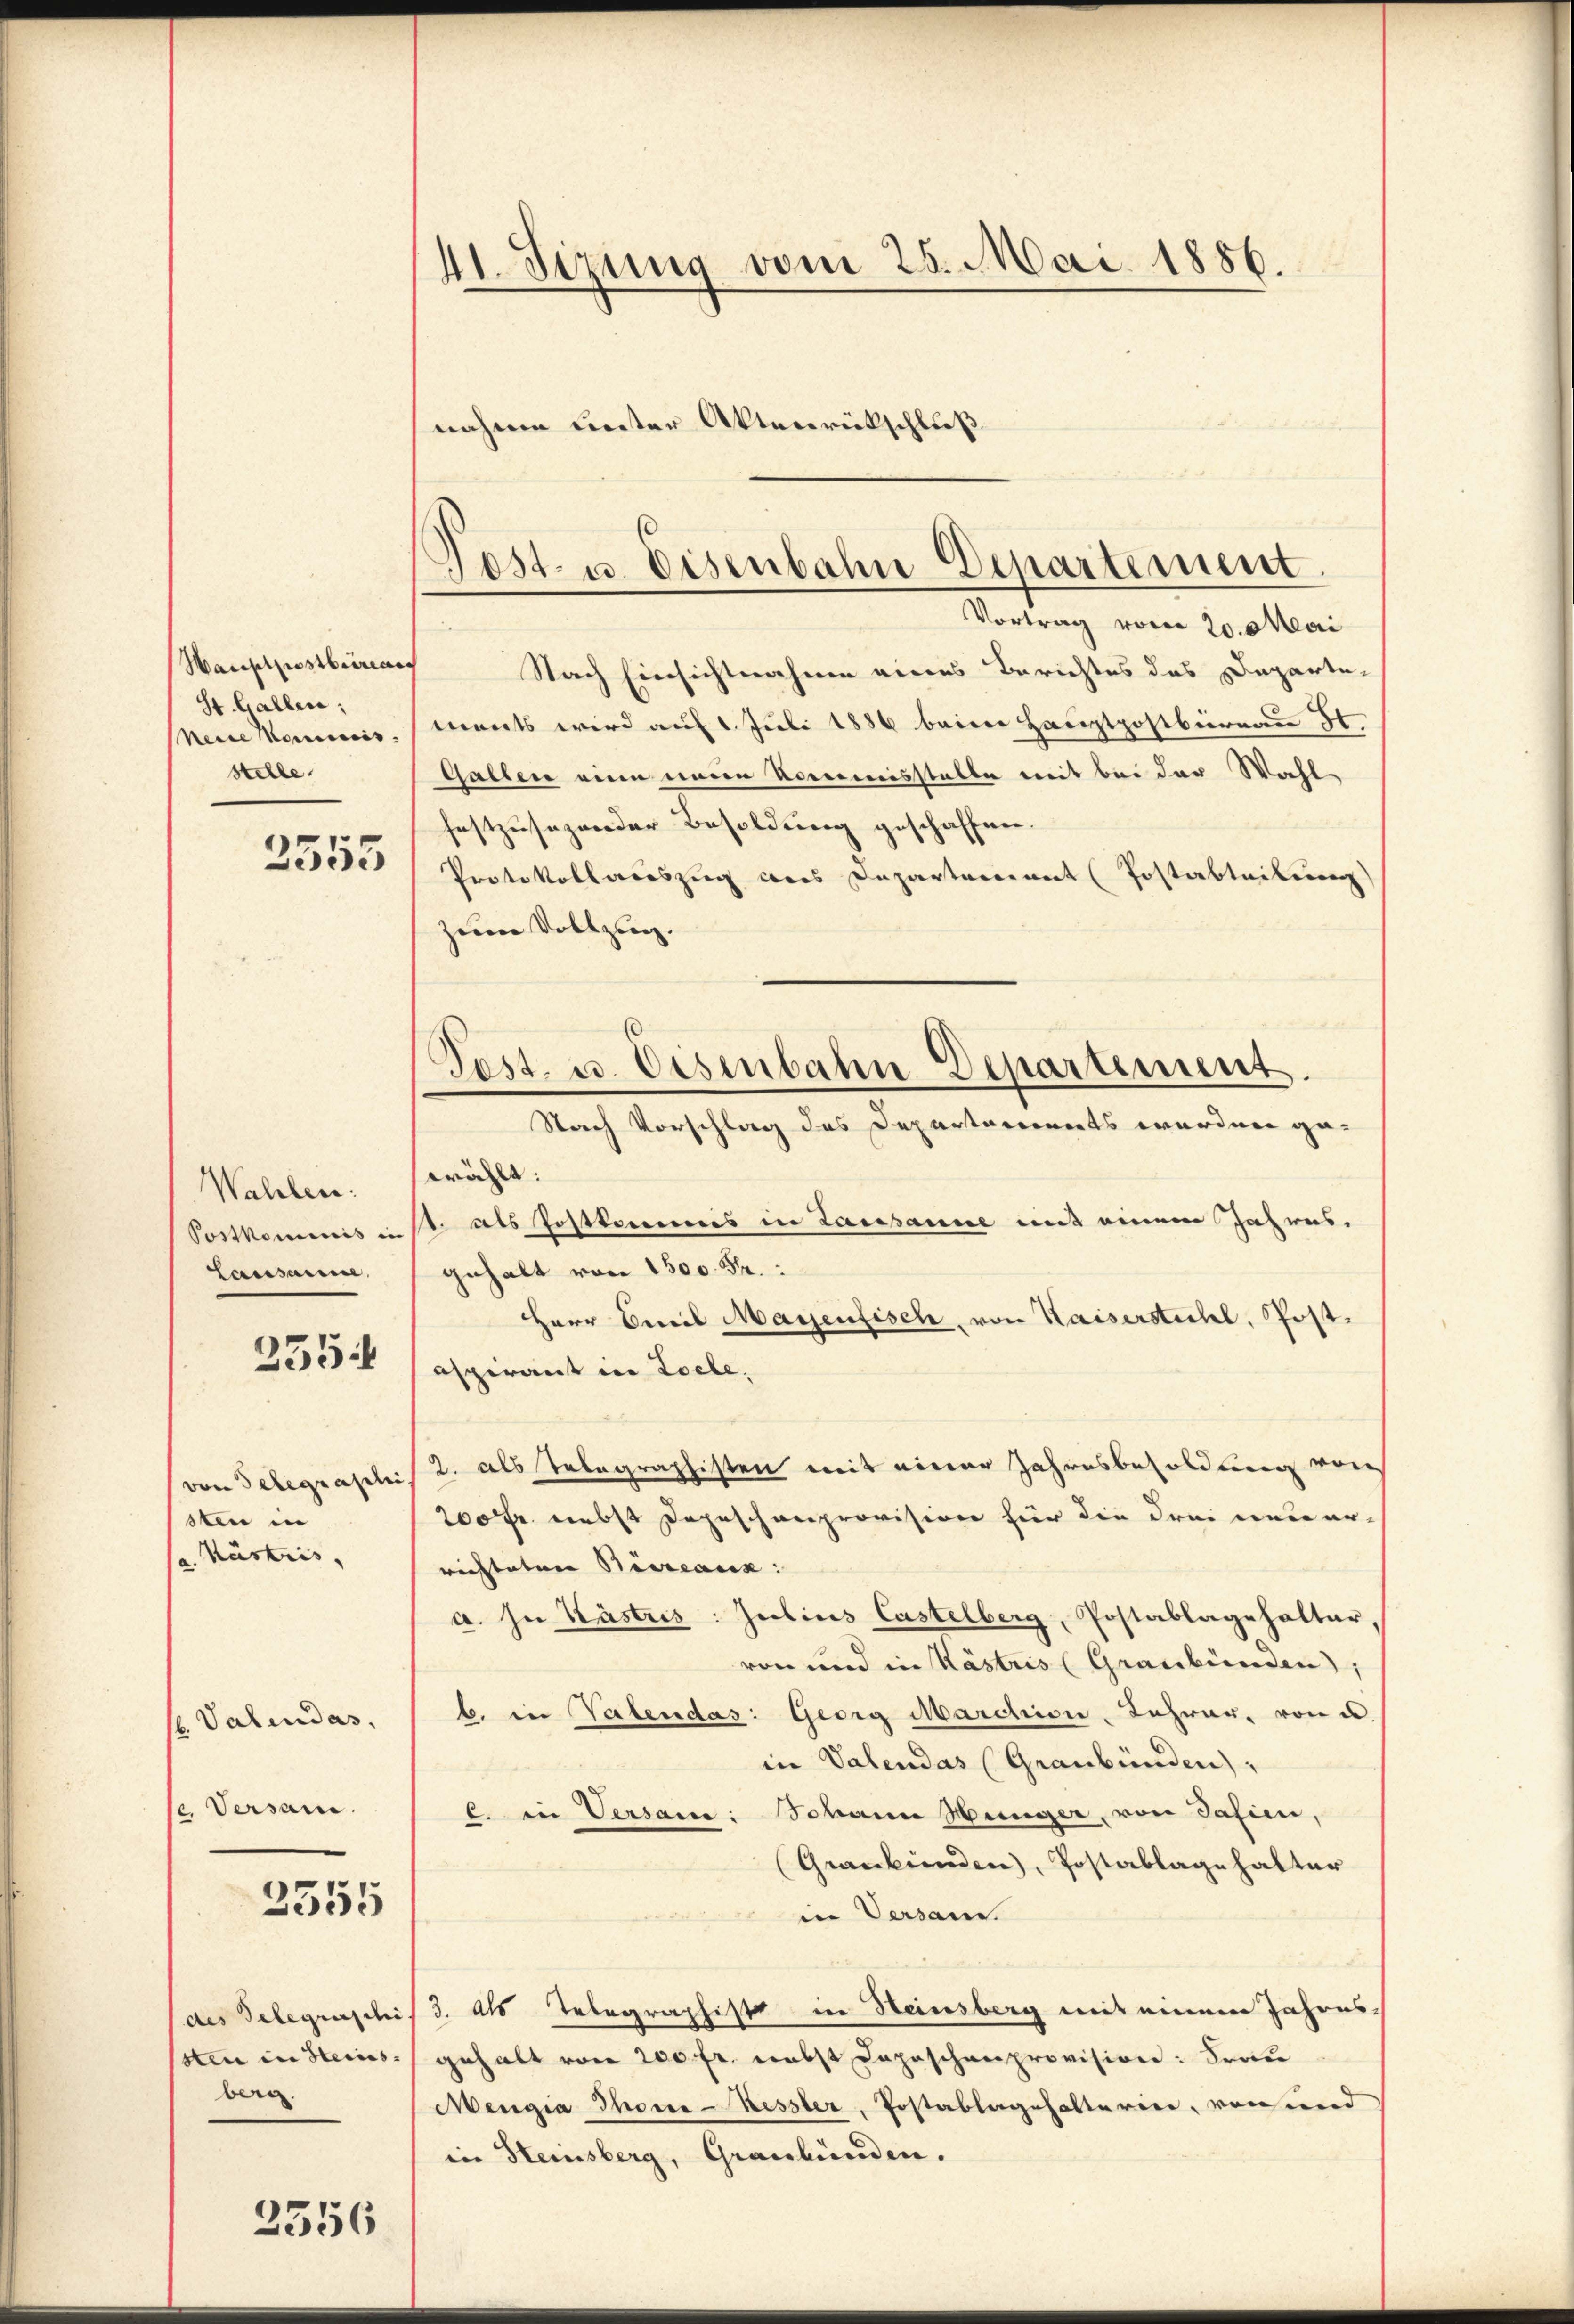
Hauptpostbeirect
St. Gallen:
Neide Moricis.
stelle.

2555

Wahlen:
Postkommnis in
Causanne,

355:

von Telegraphie
sten in
g. Küstris,

1 Valendas
je. Versam.

2555

(des Telegraschi
ssten in Steins
berg.

2356

41. Sizung vom 25. Mai 1886.

nahme unter Aktenrückschluß

Fest- u. Eisenbahn-Departement
Vortrag vom 20. Mai

Nach Einsichtnahme eines Berichtes des Departements wird auf 1. Juli 1886 beim Hauptpostbüreau
Gallen eine einen Vorerenisstelle mit bei der Wahl
festzusagender Besoldung geschaffen.
Protokollauszug aus Departement (Postabteilen
zum Vollzug.
Stach Vorschlag des Departariorats wordere ge-
wählt:
1. als Postkommnis in Lausanne mit einem Jahres-
gehalt von 1500 Fr.
Herr Emil Mayenfisch, von Kaiserstichl, Postaspirant in Loche.
2. als Telegraphisten mit einer Jahresbesoldung von
200 r. nebst Depeschenprovision hier die drei neuer-
richteten Büreaux:
a. In Kästris Julius Castelberg, Postablagehalter,
von und in Kästris (Graubünden),
t. in Valendas: Georg Marchion Jahrer, von u.
in Valendas (Graubünden,
C. in Versame: Johann Henger, von Safien,
Graubünden), Postablage halter
in Versam.
3. Als Telegraphiste in Heinsberg mit einem Jahres-
gehalt von 200 fr. nebst Daposchenprovision: Frau
Mengia Thone-Ressler, Postablagehalterine, von und
in Heisberg, Graubünden.

Pest. u. Eisenbahn-Departement.